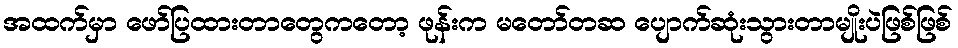
အထက်မှာ ဖော်ပြထားတာတွေကတော့ ဖုန်းက မတော်တဆ ပျောက်ဆုံးသွားတာမျိုးပဲဖြစ်ဖြစ်